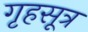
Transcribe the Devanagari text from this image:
गृहसूत्र